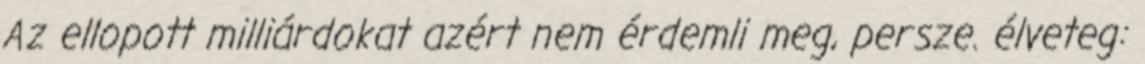
Az ellopott milliárdokat azért nem érdemli meg, persze. élveteg: